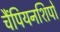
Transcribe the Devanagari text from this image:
चैंपियनशिपो